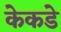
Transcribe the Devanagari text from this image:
केकडे